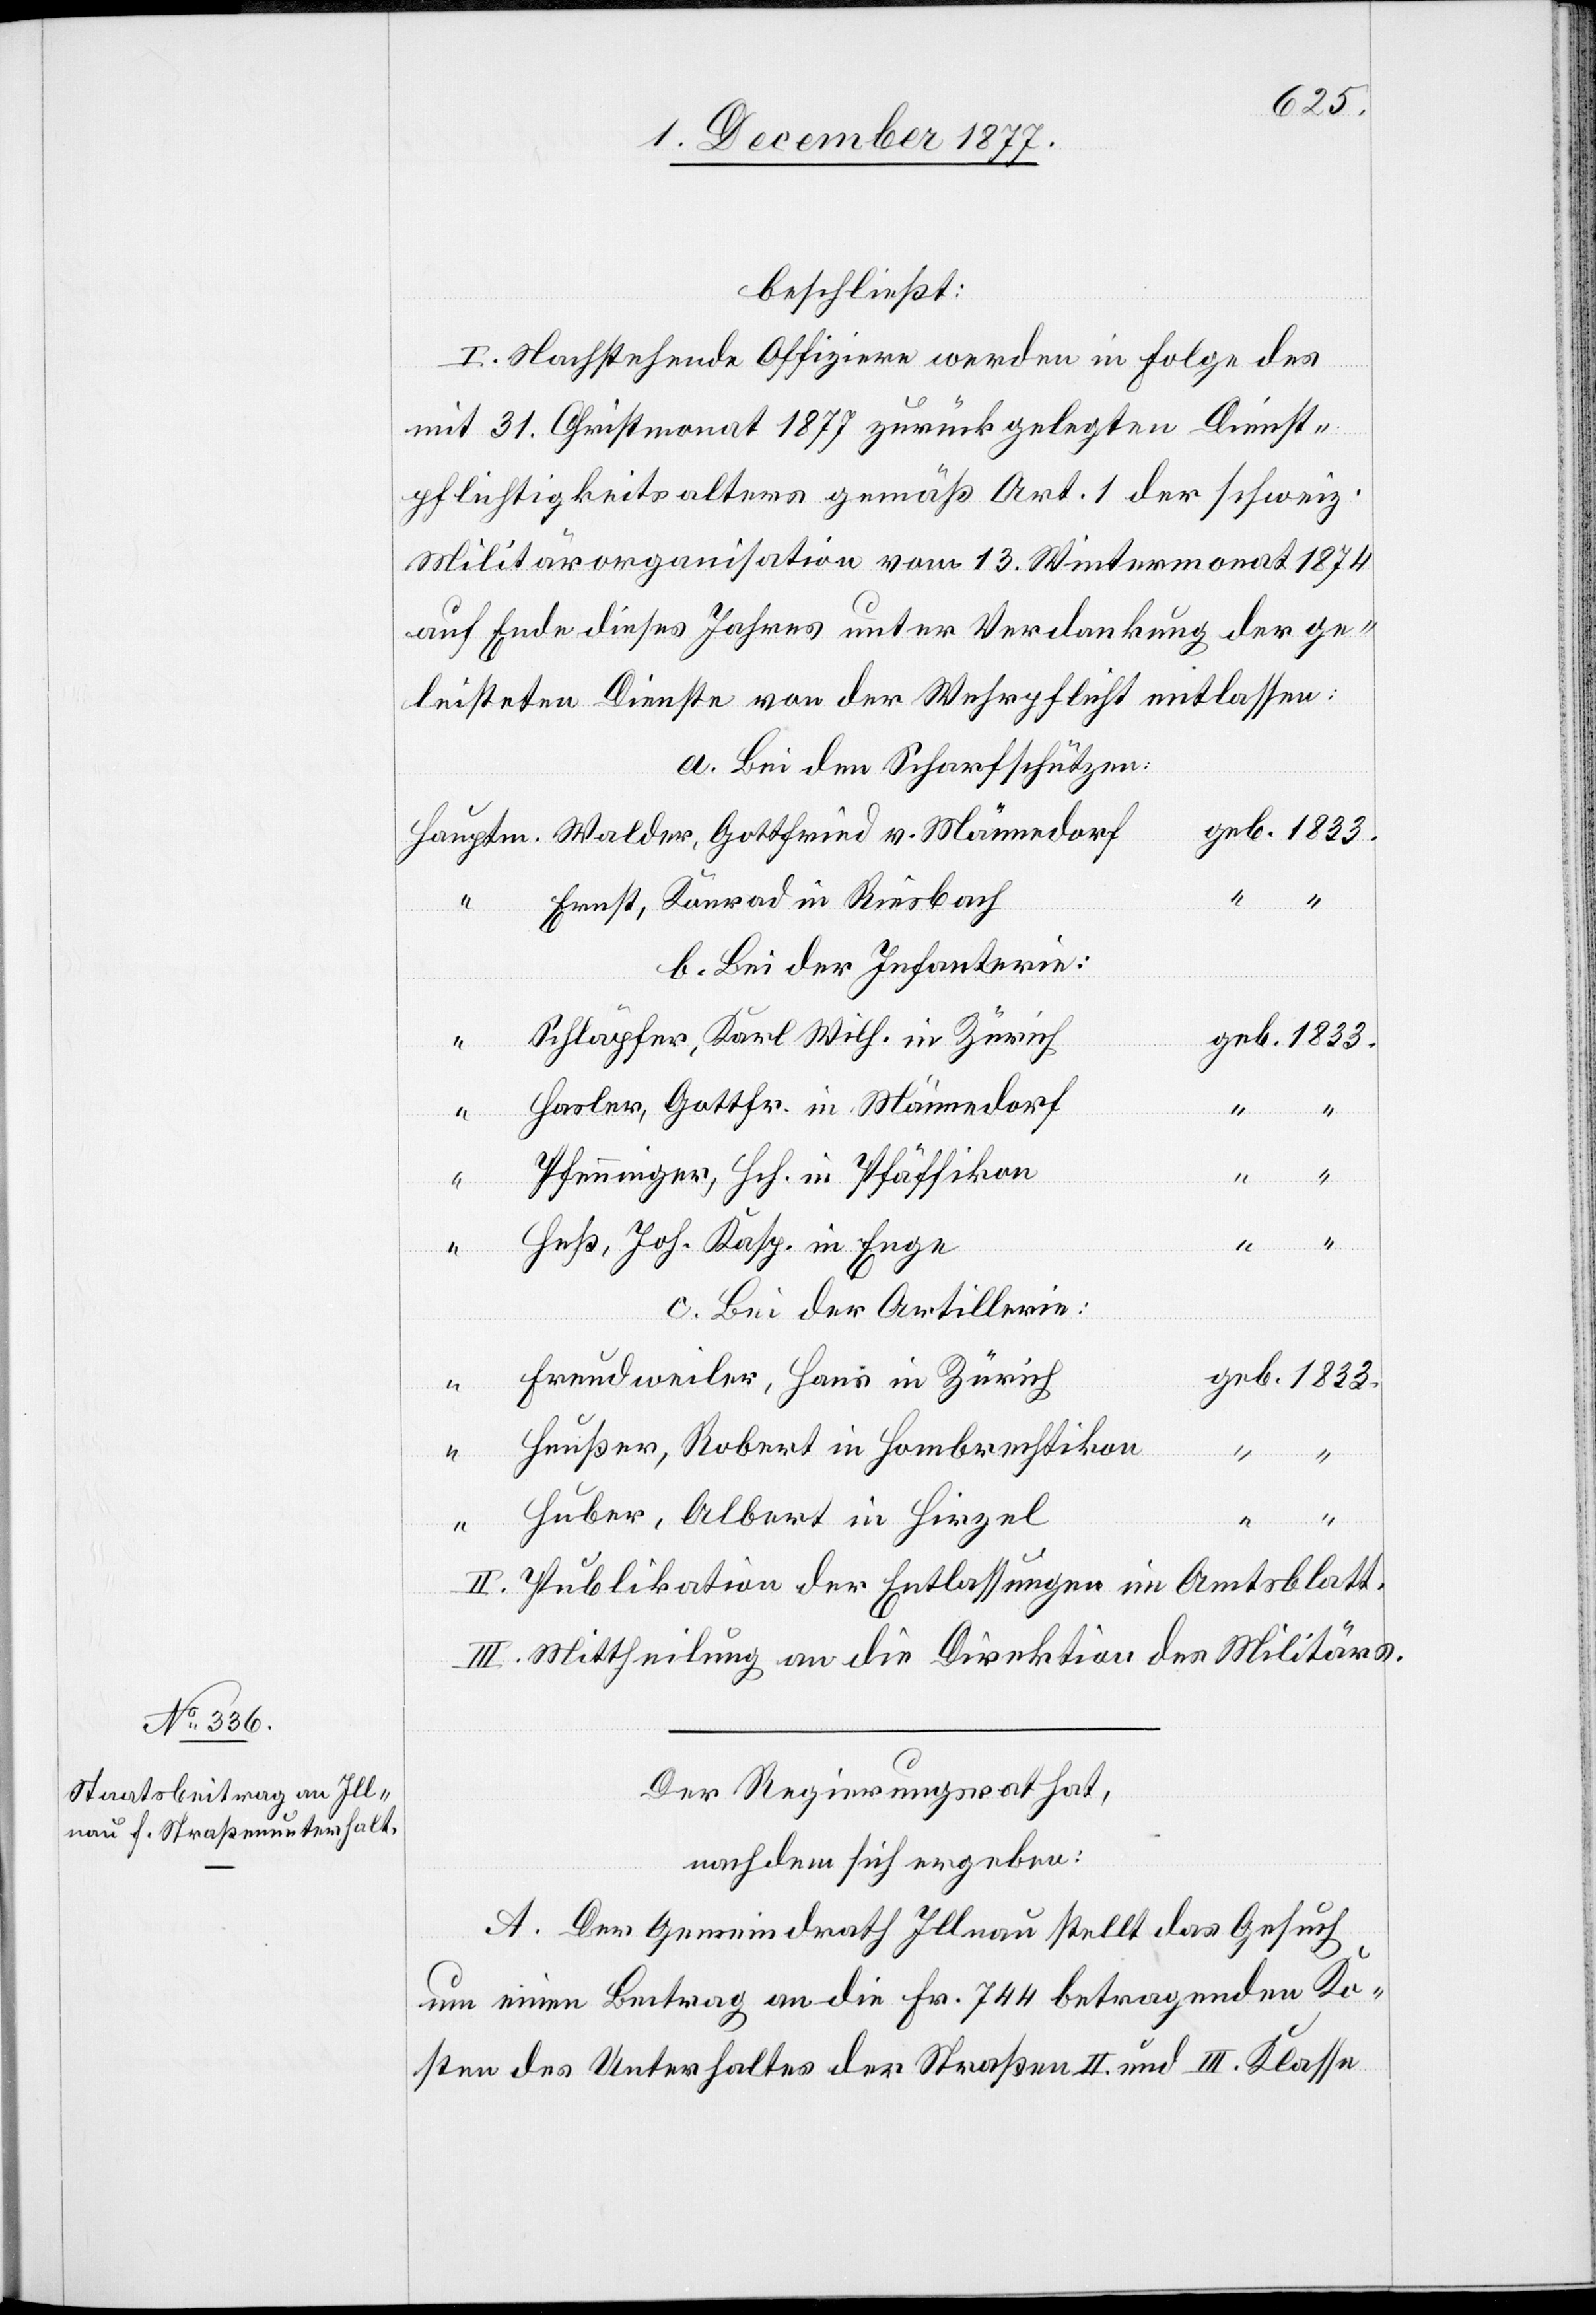
beschließt:
I. Nachstehende Offiziere werden in Folge des
mit 31. Christmonat 1877 zurückgelegten Dienst¬
pflichtigkeitsalters gemäß Art. 1 der schweiz.
Militärorganisation vom 13. Wintermonat 1874
auf Ende dieses Jahres unter Verdankung der ge¬
leisteten Dienste von der Wehrpflicht entlassen:
a. Bei den Scharfschützen:
geb. 1833.
“
Ernst, Konrad in Riesbach
“ “
b. Bei der Infanterie:
Schläpfer, Karl Wilh. in Zürich
geb. 1833.
“
Hasler, Gottfr. in Männedorf
“
Pfenninger, Hch. in Pfäffikon
“ “
Heß, Joh. Kasp. in Enge
“ “
ptm.
c. Bei der Artillerie:
Freudweiler, Hans in Zürich
Heußer, Robert in Hombrechtikon
Huber, Albert in Hirzel
II. Publikation der Entlassungen im Amtsblatt.
III. Mittheilung an die Direktion des Militärs.
Der Regierungsrath hat,
nachdem sich ergeben:
A. Der Gemeindrath Illnau stellt das Gesuch
um einen Beitrag an die Fr. 744 betragenden Ko¬
sten des Unterhaltes der Straßen II. und III. Klasse